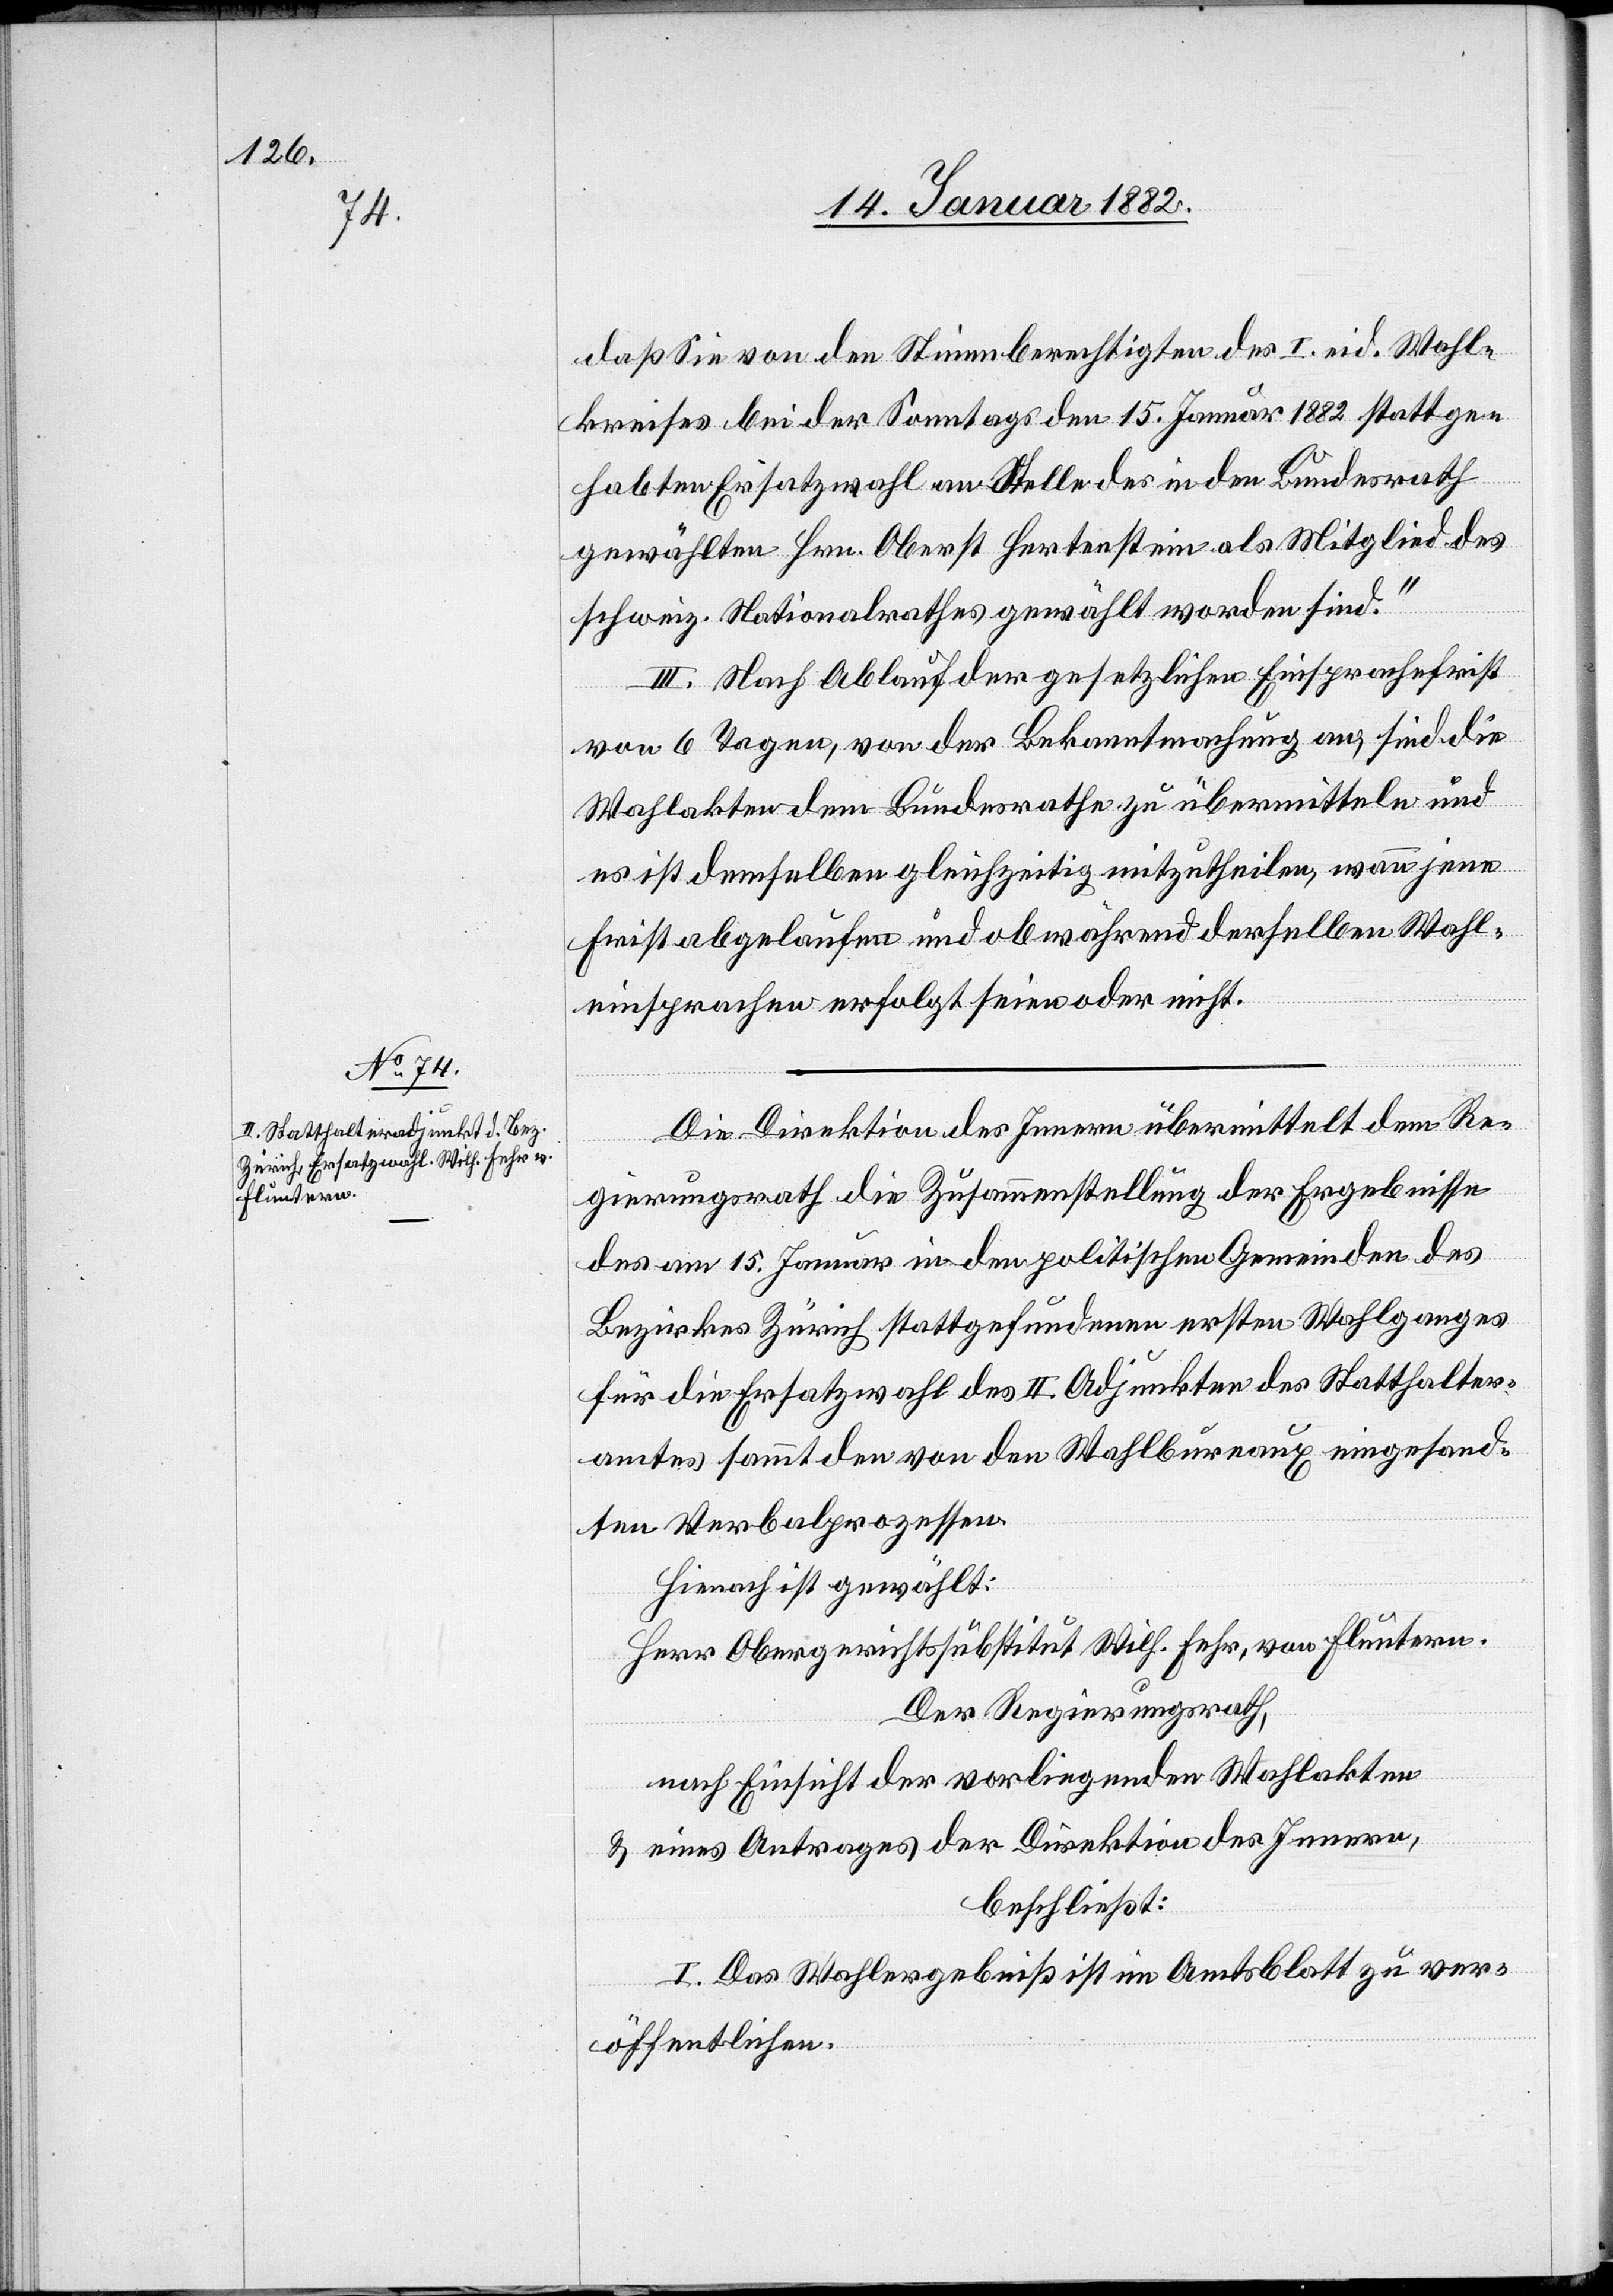
17. Januar 1882]
daß Sie von den Stimmberechtigen des I. eid. Wahl¬
kreises bei der Samstags den 15. Januar 1882 stattge¬
habten Ersatzwahl an Stelle des in den Bundesrath
gewählten Hr. Oberst Hertenstein als Mitglied des
schweiz. Nationalrathes gewählten worden sind.“
III. Nach Ablauf der gesetzlichen Einsprachefrist
von 6 Tagen, von der Bekanntmachung an, sind die
Wahlakten dem Bundesrathe zu übermitteln und
es ist demselben gleichzeitig mitzutheilen, wann jene
Frist abgelaufen und ob während derselben Wahl¬
einsprachen erfolgt seien oder nicht.
Die Direktion des Innern übermittelt dem Re¬
gierungsrath die Zusammenstellung der Ergebnisse
des am 15. Januar in den politischen Gemeinden des
Bezirkes Zürich stattgefundenen ersten Wahlganges
für die Ersatzwahl des II. Adjunkten des Statthalter¬
amtes sammt den von den Wahlbureaux eingesand¬
ten Verbalprozessen.
Hienach ist gewählt:
Herr Obergerichtssubstitut Wilh. Fehr, von Fluntern.
Der Regierungsrath,
nach Einsicht der vorliegenden Wahlakten
& eines Antrages der Direktion des Innern,
beschließt:
I. Das Wahlergebniß ist im Amtsblatt zu ver¬
öffentlichen.